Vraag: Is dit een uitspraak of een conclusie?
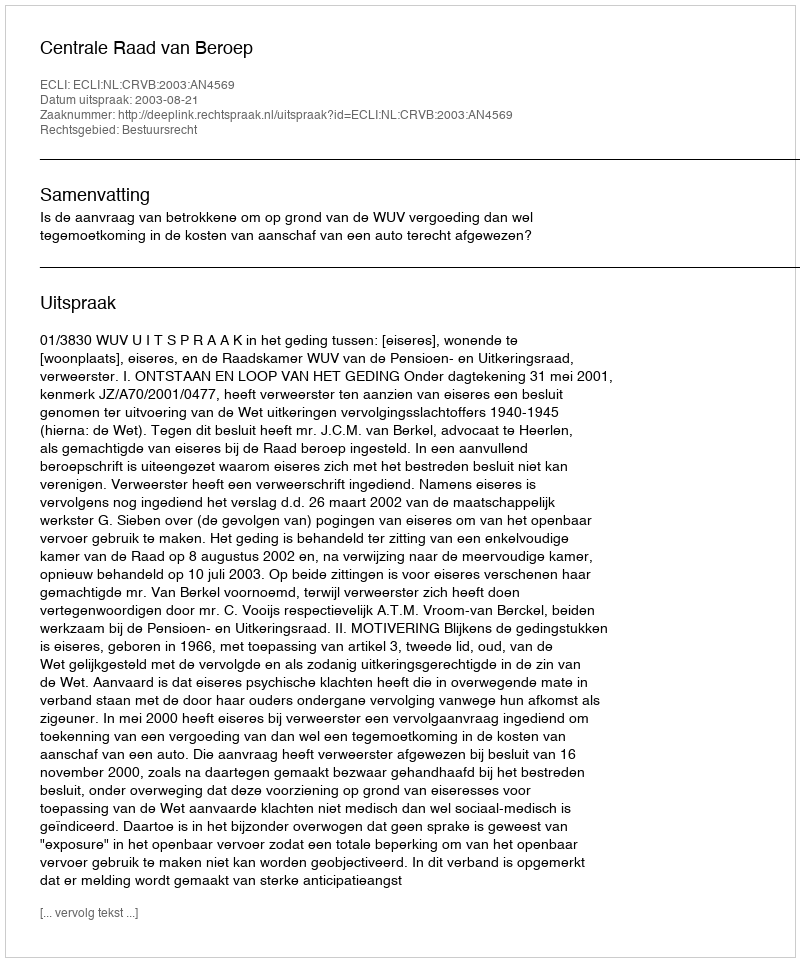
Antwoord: Uitspraak